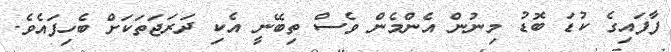
ފާފައިގެ ކުޑަ ބޮޑު މިނުން އެންމެން ވެސް ތިބޭނީ އެކި ދަރަޖަތަކަށް ބެހިފައެވެ.